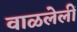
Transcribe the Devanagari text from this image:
वाळलेलीं